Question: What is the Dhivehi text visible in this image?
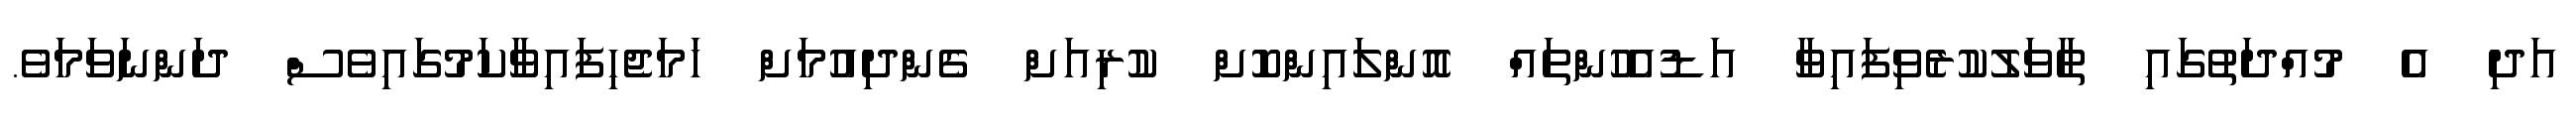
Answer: އަދި އެ މުއްދަތުގައި ތާވަލުކުރެވިފައިވާ އަޑުއެހުންތައް އޮންލައިންކޮށް ކުރިއަށް ގެންދިއުމަށް ހަމަޖެހިފައިވާކަމުގައިވެސް ދަންނަވަމަވެ.